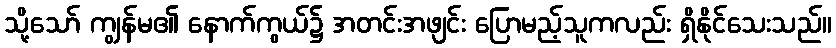
သို့သော် ကျွန်မ၏ နောက်ကွယ်၌ အတင်းအဖျင်း ပြောမည့်သူကလည်း ရှိနိုင်သေးသည်။